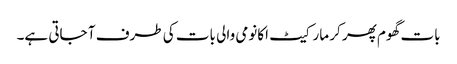
بات گھوم پھر کر مارکیٹ اکانومی والی بات کی طرف آ جاتی ہے۔